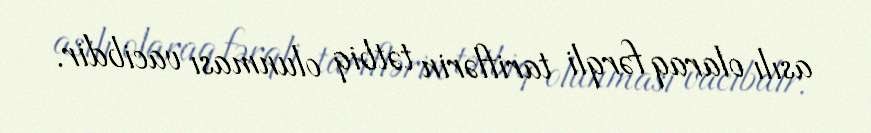
asılı olaraq fərqli tariflərin tətbiq olunması vacibdir.